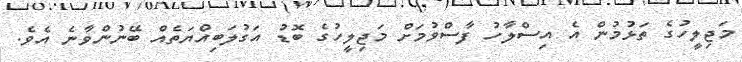
މަޖިލީހުގެ ތަޅުމުން އެ އިސްލާހު ފާސްވުމަށް މަޖިލީހުގެ ބޮޑު އަގުލަބިއްޔަތެއް ބޭނުންވާނެ އެވެ.